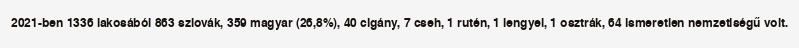
2021-ben 1336 lakosából 863 szlovák, 359 magyar (26,8%), 40 cigány, 7 cseh, 1 rutén, 1 lengyel, 1 osztrák, 64 ismeretlen nemzetiségű volt.